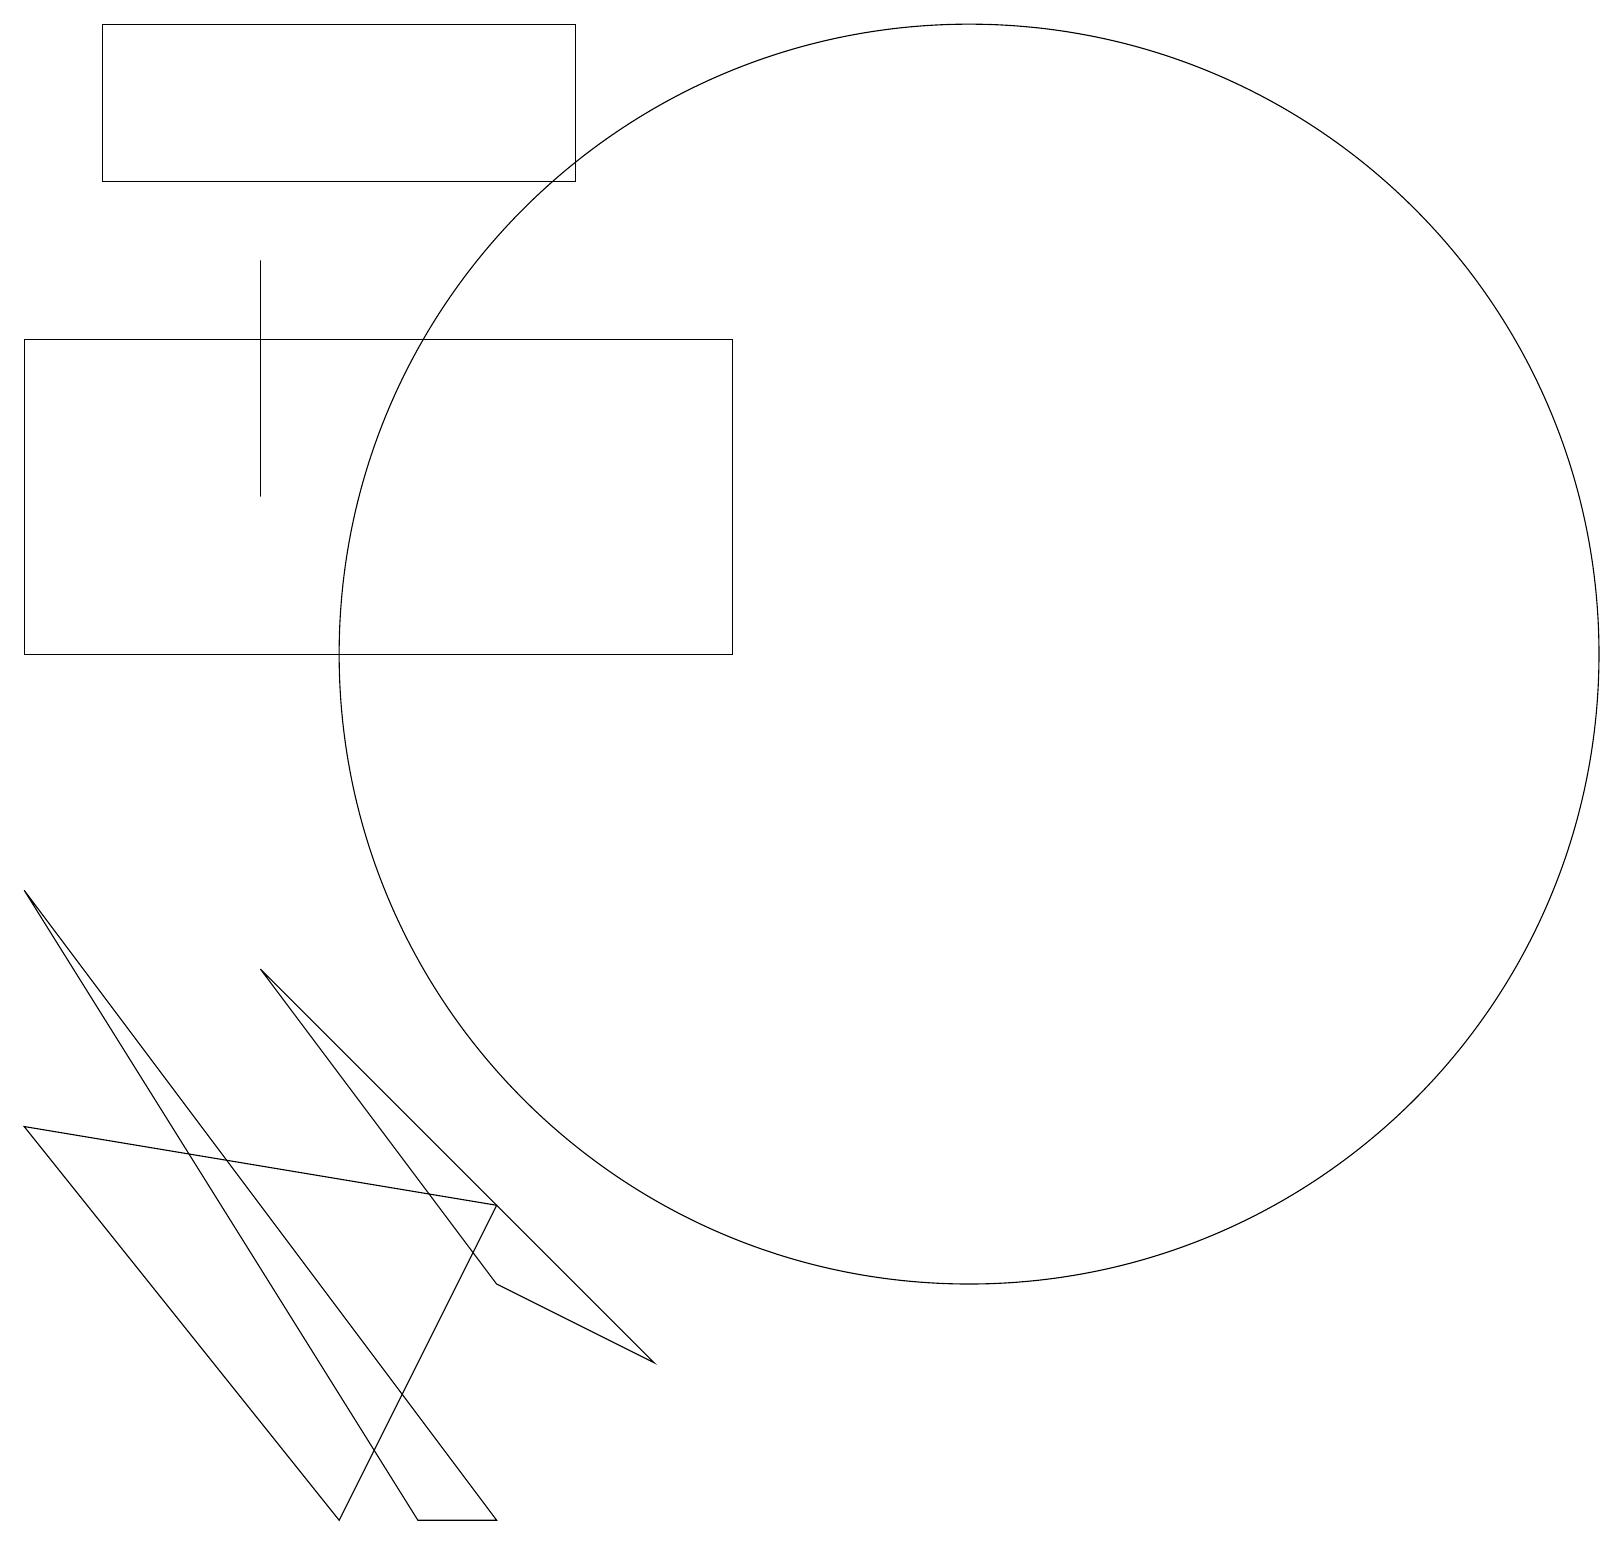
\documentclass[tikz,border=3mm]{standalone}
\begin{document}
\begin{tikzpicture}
\draw (7,19) rectangle (1,17);
\draw (3,16) rectangle (3,13);
\draw (0,8) -- (5,0) -- (6,0) -- cycle;
\draw (9,11) rectangle (0,15);
\draw (6,4) -- (0,5) -- (4,0) -- cycle;
\draw (12,11) circle (8);
\draw (8,2) -- (6,3) -- (3,7) -- cycle;
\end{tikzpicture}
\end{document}